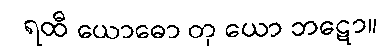
ရထီ ယောဓော တု ယော ဘဋော။